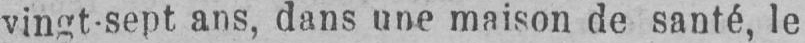
vingt-sept ans, dans une maison de santé, le